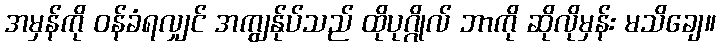
အမှန်ကို ဝန်ခံရလျှင် အကျွန်ုပ်သည် ထိုပုဂ္ဂိုလ် ဘာကို ဆိုလိုမှန်း မသိချေ။